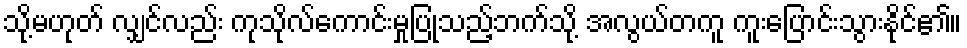
သို့မဟုတ် လျှင်လည်း ကုသိုလ်ကောင်းမှုပြုသည့်ဘက်သို့ အလွယ်တကူ ကူးပြောင်းသွားနိုင်၏။